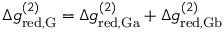
\begin{array} { r } { \Delta g _ { \mathrm { r e d , G } } ^ { ( 2 ) } = \Delta g _ { \mathrm { r e d , G a } } ^ { ( 2 ) } + \Delta g _ { \mathrm { r e d , G b } } ^ { ( 2 ) } } \end{array}